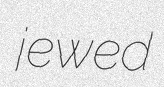
jewed